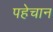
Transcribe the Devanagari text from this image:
पहेचान